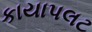
કાયાપલટ